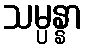
သမ္ပန္နာ